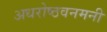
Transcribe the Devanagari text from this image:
अधरोष्ठवनमनी